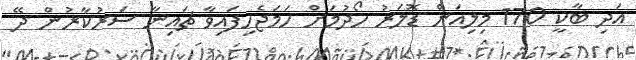
އަދި ބާކީ 170 މިލިއަން ޑޮލަރު ހޯދުމަށް ހަމަޖެހިފައިވާ ޗައިނާ ސަރުކާރުން ދޭ